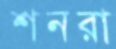
শনরা